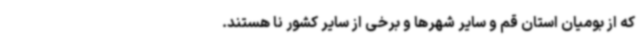
که از بومیان استان قم و سایر شهرها و برخی از سایر کشور نا هستند.